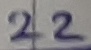
Text: 22